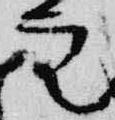
空